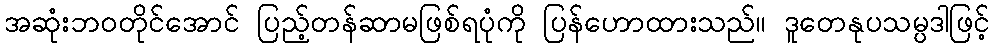
အဆုံးဘဝတိုင်အောင် ပြည့်တန်ဆာမဖြစ်ရပုံကို ပြန်ဟောထားသည်။ ဒူတေနုပသမ္ပဒါဖြင့်